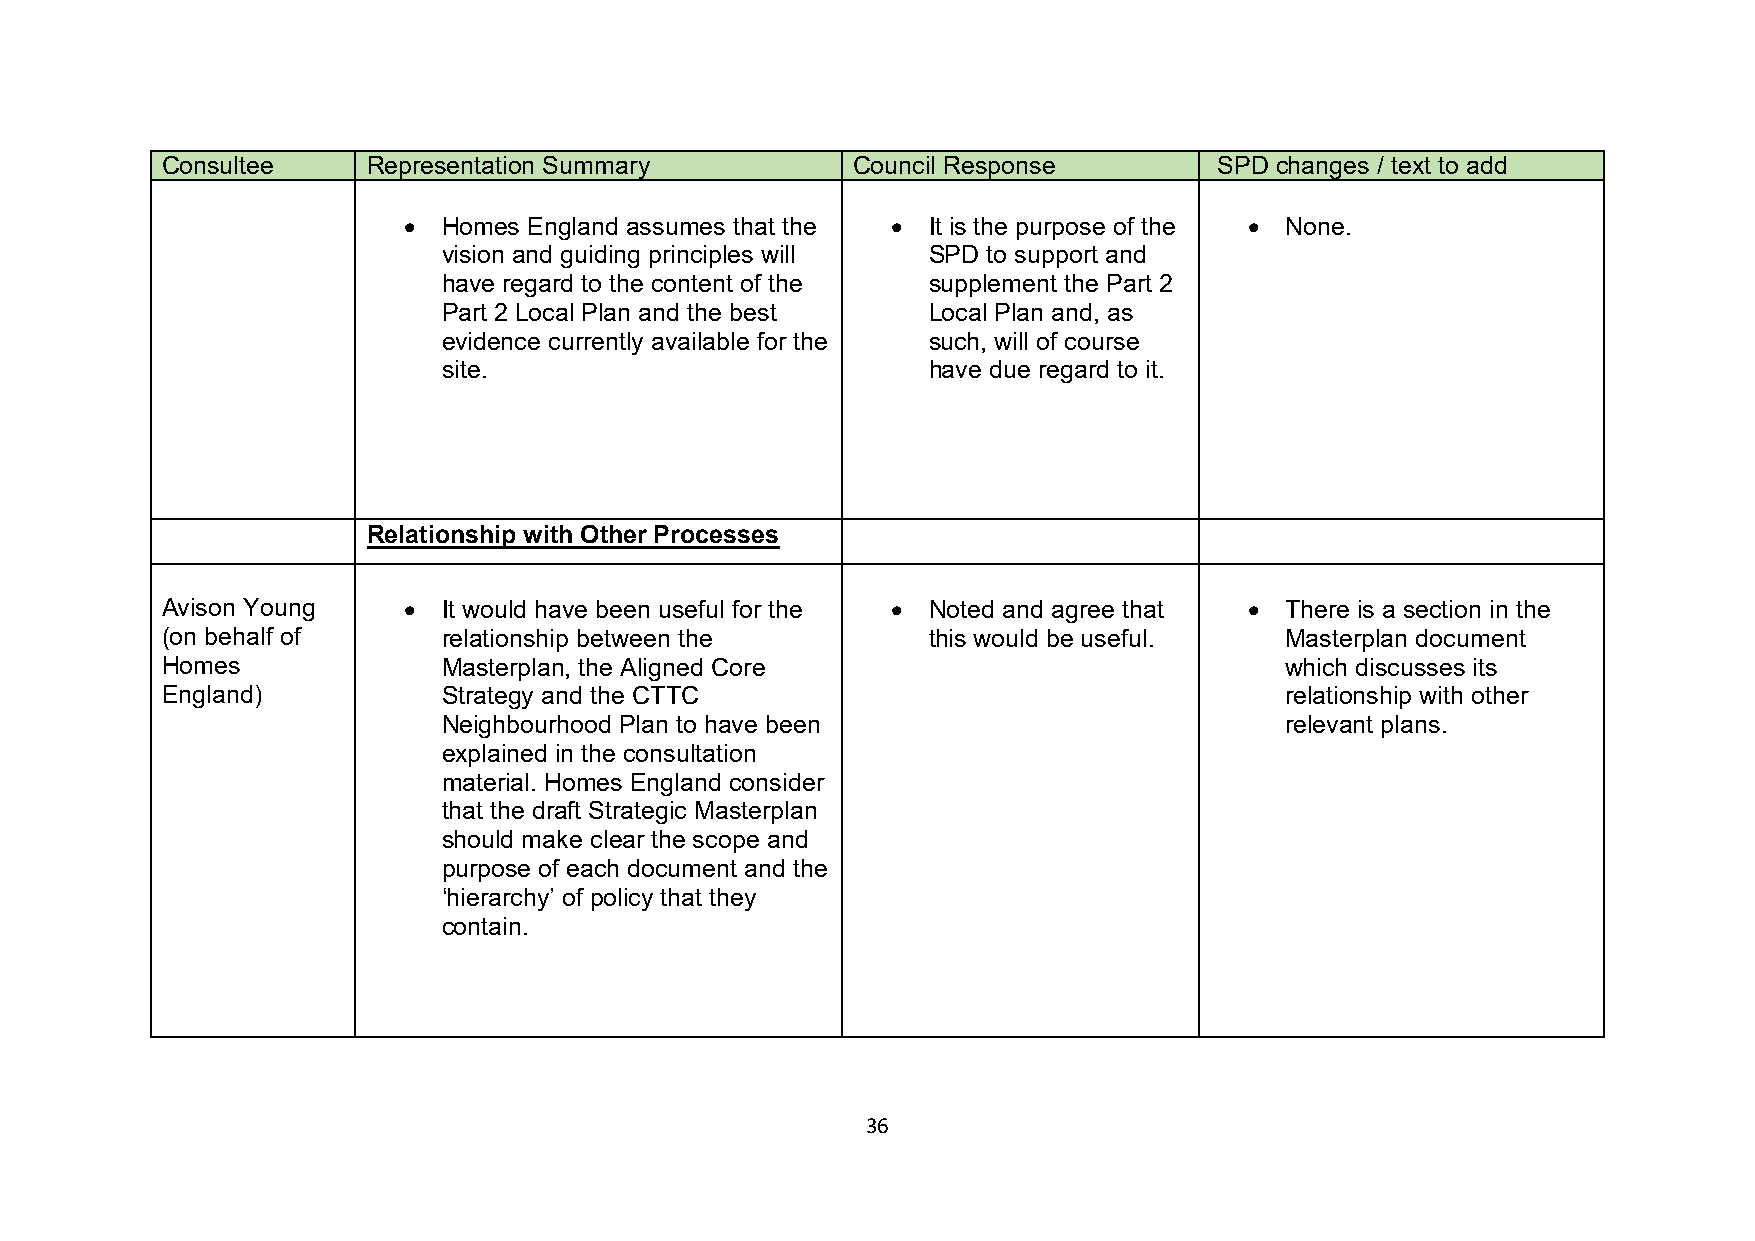
Consultee    Representation Summary          Council Response         SPD changes / text to add
 • Homes England assumes that the • It is the purpose of the • None.
 vision and guiding principles will SPD to support and
 have regard to the content of the supplement the Part 2
 Part 2 Local Plan and the best  Local Plan and, as
 evidence currently available for the such, will of course
 site.                           have due regard to it.
 Relationship with Other Processes
 Avison Young    • It would have been useful for the • Noted and agree that • There is a section in the
 (on behalf of     relationship between the        this would be useful.   Masterplan document
 Homes             Masterplan, the Aligned Core                            which discusses its
 England)          Strategy and the CTTC                                   relationship with other
 Neighbourhood Plan to have been                         relevant plans.
 explained in the consultation
 material. Homes England consider
 that the draft Strategic Masterplan
 should make clear the scope and
 purpose of each document and the
 ‘hierarchy’ of policy that they
 contain.
 36